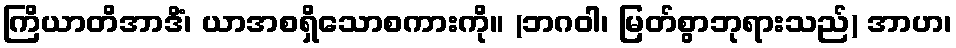
ကြိယာတိအာဒိံ၊ ယာအစရှိသောစကားကို။ (ဘဂဝါ၊ မြတ်စွာဘုရားသည်) အာဟ၊